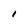
Character: I